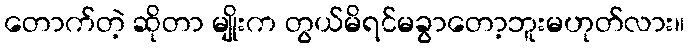
တောက်တဲ့ ဆိုတာ မျိုးက တွယ်မိရင်မခွာတော့ဘူးမဟုတ်လား။